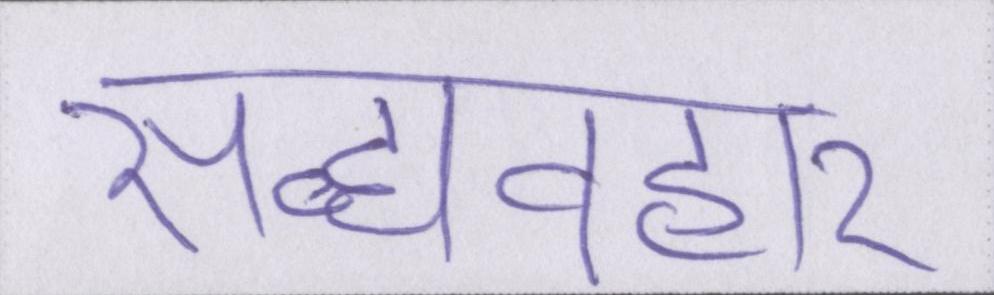
सद्व्यवहार